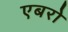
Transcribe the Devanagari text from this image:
एबरो